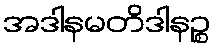
အဒါနမတိဒါနဉ္စ